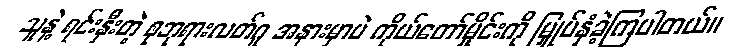
သူနဲ့ ရင်းနှီးတဲ့ စုဘုရားလတ်ဂူ အနားမှာပဲ ကိုယ်တော်မှိုင်းကို မြှုပ်နှံခဲ့ကြပါတယ်။